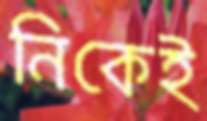
নিকেই